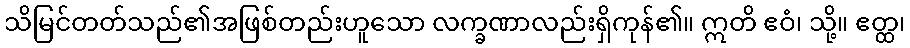
သိမြင်တတ်သည်၏အဖြစ်တည်းဟူသော လက္ခဏာလည်းရှိကုန်၏။ ဣတိ ဧဝံ၊ သို့။ ဧတ္ထ၊